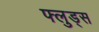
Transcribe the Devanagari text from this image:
फ्लुड्स